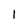
Character: 1